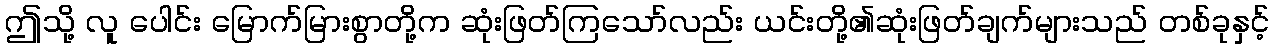
ဤသို့ လူ ပေါင်း မြောက်မြားစွာတို့က ဆုံးဖြတ်ကြသော်လည်း ယင်းတို့၏ဆုံးဖြတ်ချက်များသည် တစ်ခုနှင့်